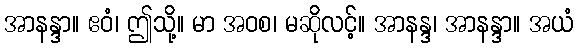
အာနန္ဒာ။ ဧဝံ၊ ဤသို့။ မာ အဝစ၊ မဆိုလင့်။ အာနန္ဒ၊ အာနန္ဒာ။ အယံ